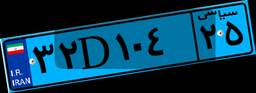
۶۶D۳۷۲۶۹